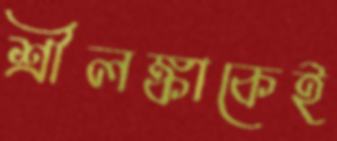
শ্রীলঙ্কাকেই